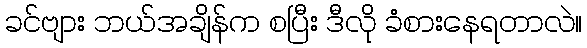
ခင်ဗျား ဘယ်အချိန်က စပြီး ဒီလို ခံစားနေရတာလဲ။